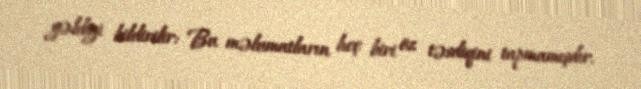
gəldiyi bildirilir: Bu məlumatların heç biri öz təsdiqini tapmamışdır.